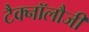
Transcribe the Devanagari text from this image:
टैक्नॉलौजी